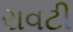
રાવટી